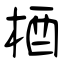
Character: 梄